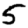
Digit: 5